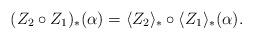
LaTeX: \begin{align*}(Z_2\circ Z_1)_\ast (\alpha)=\langle Z_2\rangle _\ast\circ \langle Z_1\rangle _\ast(\alpha).\end{align*}